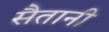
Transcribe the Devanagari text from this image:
सैतानी